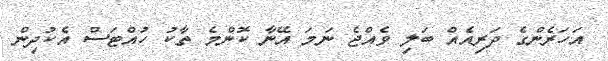
އަހަރެންގެ ދަރިއެއް ބަލި ވެއްޖެ ނަމަ އޭނާ ކޮންމެ ތާކު ހުއްޓަސް އެކުދިން